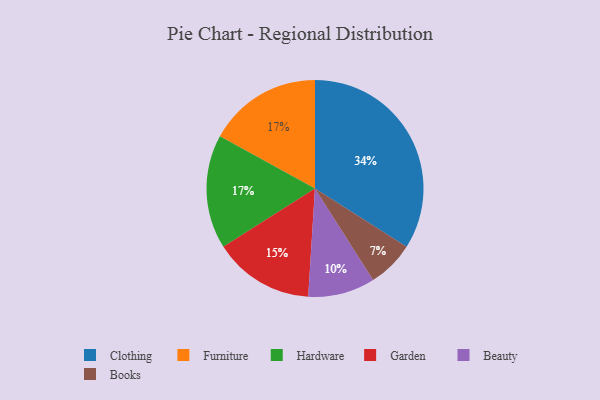
{"axis": {"x": "Category", "y": "Percentage"}, "legend": ["Beauty", "Books", "Clothing", "Furniture", "Garden", "Hardware"], "data": [{"x": "Clothing", "y": 34, "type": "Clothing"}, {"x": "Beauty", "y": 10, "type": "Beauty"}, {"x": "Garden", "y": 15, "type": "Garden"}, {"x": "Furniture", "y": 17, "type": "Furniture"}, {"x": "Books", "y": 7, "type": "Books"}, {"x": "Hardware", "y": 17, "type": "Hardware"}]}